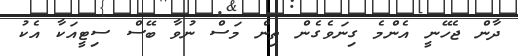
ދާން ޖެހޭނީ އެންމެ ގިނަވެގެން ތިން މަސް ނުވާ ބޭސް ސިޓީއަކާ އެކު